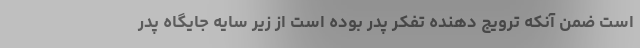
است ضمن آنکه ترویج دهنده تفکر پدر بوده است از زیر سایه جایگاه پدر